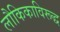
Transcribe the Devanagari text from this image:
लौकिकाविरूद्ध